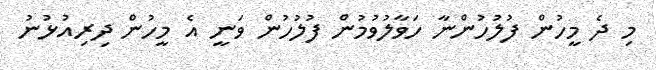
މި ދެ މީހުން ފުލުހުންނާ ހަވާލުވުމުން ފުލުހުން ވަނީ އެ މީހުން ދިރިއުޅުނު